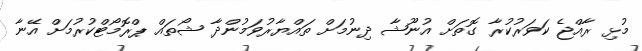
މުޅި ރާއްޖެ ކަވަރުކުރާ ގޮތަށް އުނޫޝާ ދިނުމަށް ތައްޔާރުވަމުންދާ ޝޯތައް ޕްރޮމޯޓްކުރުމަށް އޭނާ